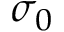
\sigma _ { 0 }